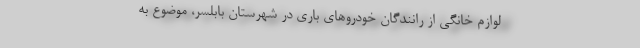
لوازم خانگی از رانندگان خودروهای باری در شهرستان بابلسر، موضوع به